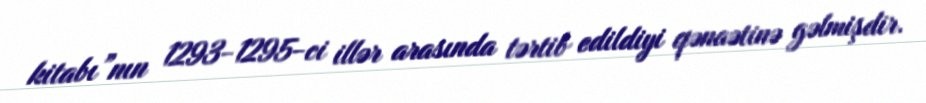
kitabı”nın 1293-1295-ci illər arasında tərtib edildiyi qənaətinə gəlmişdir.